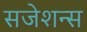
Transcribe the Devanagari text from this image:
सजेशन्स